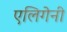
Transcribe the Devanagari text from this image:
एलिगेनी